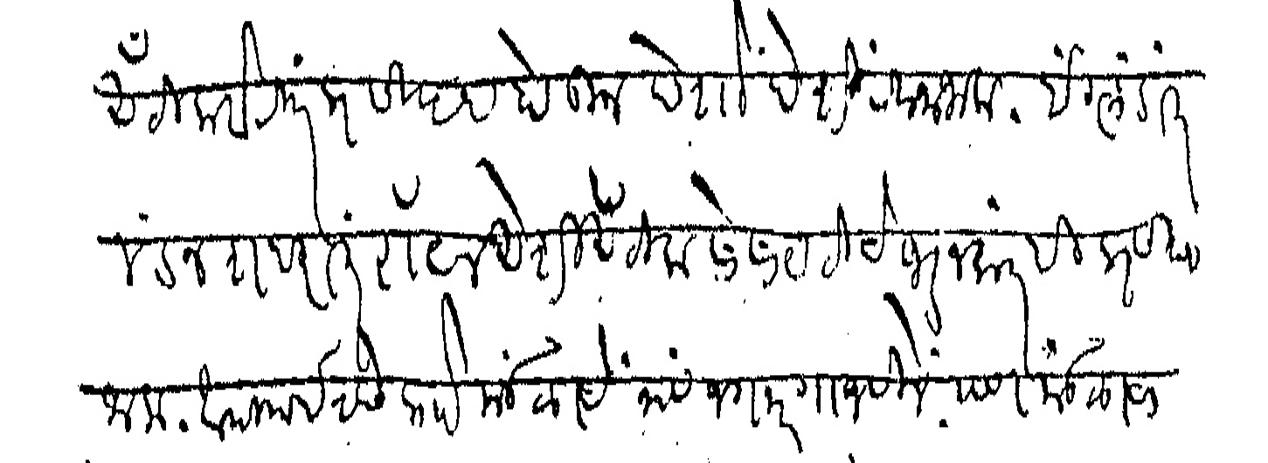
Transliteration (Devanagari): अँटीक्वेरीत प्रसिद्ध होऊन देशोदेशी रवाना जाला इंग्लंडात लंडन शहरात रॉयल एशिअॅटिक सोसायटीचे जरनलातही प्रसिद्ध जाला आपल्या इच्छेप्राो मंडळाचे नाव जगभर गाजविले पण मंडळाचा